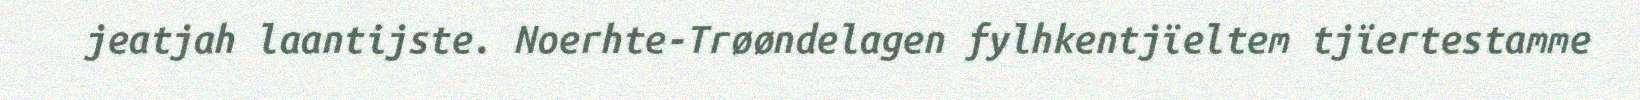
jeatjah laantijste. Noerhte-Trøøndelagen fylhkentjïeltem tjïertestamme